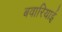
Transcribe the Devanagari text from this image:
बवारियाई